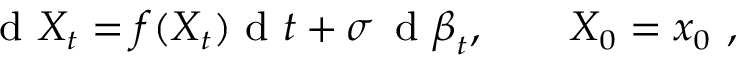
\small \mathrm { ~ d ~ } X _ { t } = f ( X _ { t } ) \mathrm { ~ d ~ } t + \sigma \, \mathrm { ~ d ~ } \boldsymbol { \beta } _ { t } , \qquad X _ { 0 } = x _ { 0 } \ ,